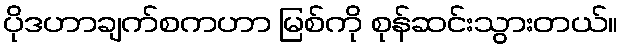
ပိုဒဟာချက်စကဟာ မြစ်ကို စုန်ဆင်းသွားတယ်။